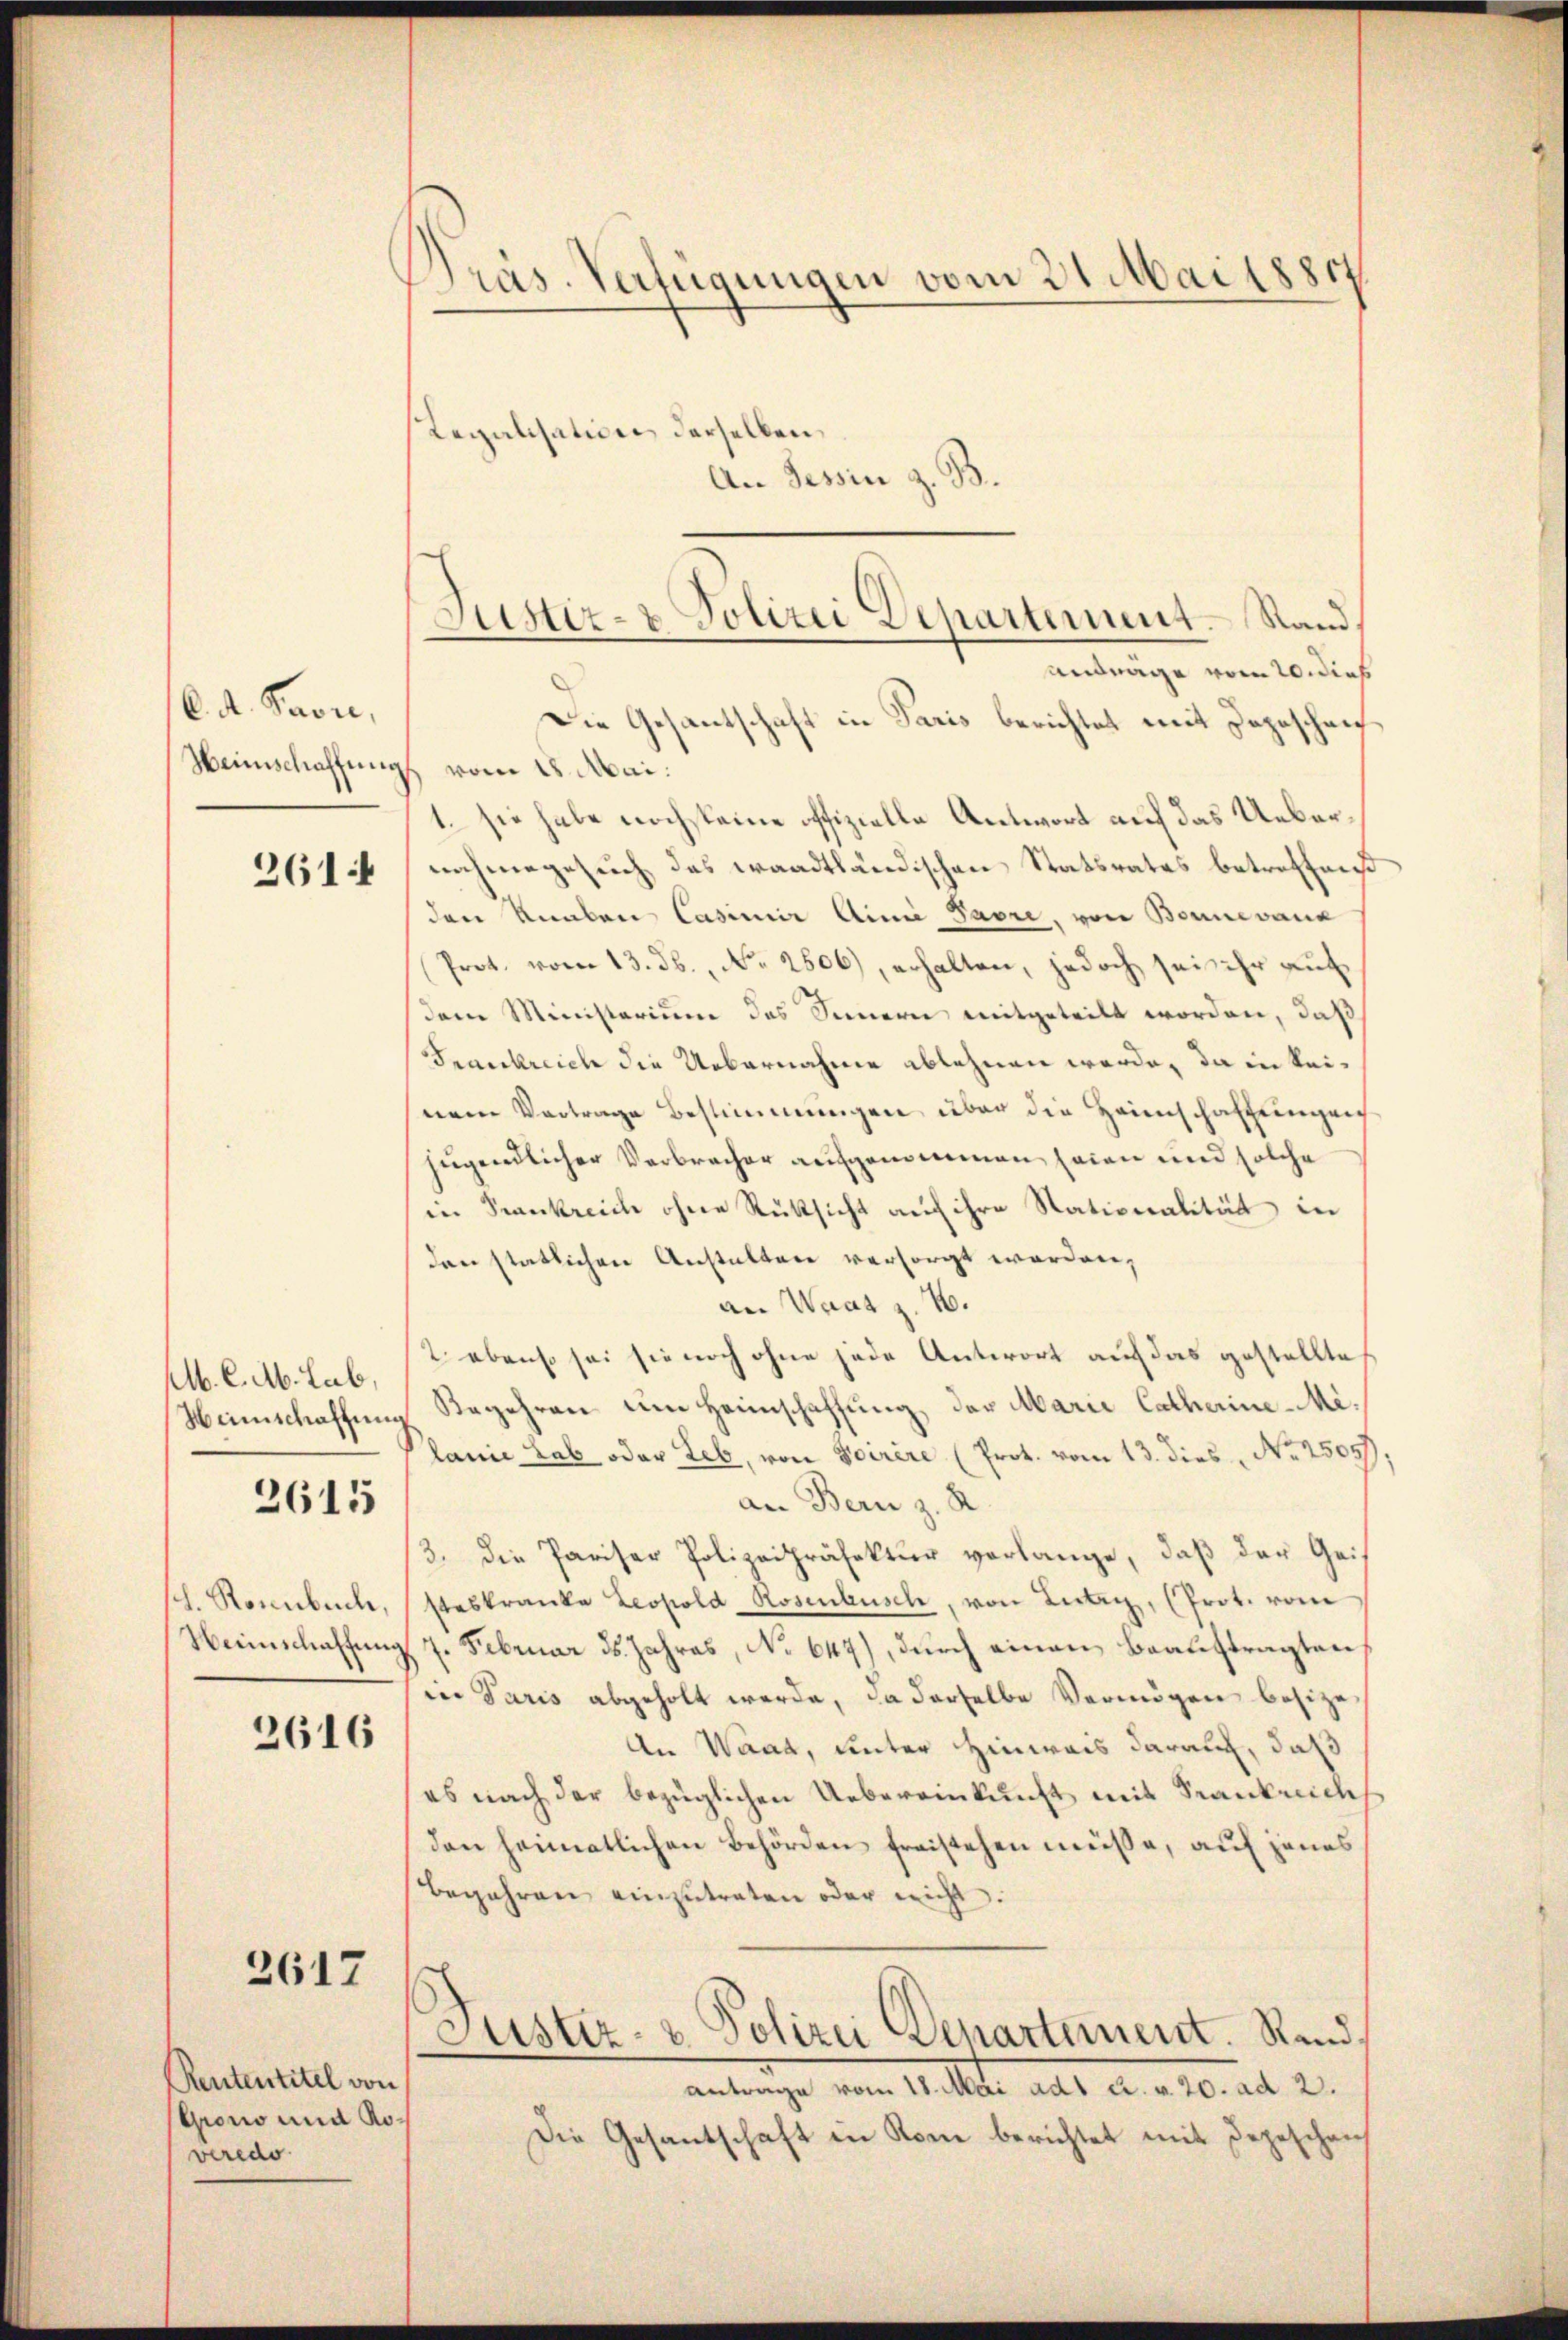
6. d. Prore,
Weinschaffung
2614

M. C. A. Lab,
Heimschaffung

2615

h. Ronnbuch,
Heimschaffung

2616

2617

Rententitel von
Groso und Roveredo

Präs. Verfügungen vom 31. Mai 18811

Regalisation derselben,
An Tessin z. B.
Justiz- & Polizei Departement. Sandanträge vom 20. dies

Die Gesantschaft in Paris berichtet mit Dageschrich
vom 18. Mai.
1. sie habe noch steine offizielle Antwort auf das Uebernahmegesuch das waadtländischen Statsrates betreffen
den Knaben Casimir Ainie Pavre, von Bonnevank
Prot. vom 13. ds., No. 2606), erhalten, jedoch sei ihr auf
dem Ministerium das Sinnern mitgeteilt worden, daß
Frankreich die Uebernahme ablehnen werde, da in keinem Vortrage Bestimmungen über die Heimschaffungen
jugendlicher Verbrecher aufgenommen seien und solche
in Krankreich ohne Rüksicht auf ihre Nationalität in
den statlichen Anstalten versorgt worden,
an Waat z. B.
2 ebenso sei sie noch ohne jede Antwort auf das gestellte
Begehren um Heimschaffung der Marie Catherine-Melanie Lab oder Leb, von Scirere (Prot. vom 13. dies Nr. 25057
an Bern z. R.
3. die Pariser Polizeipräfektur verlange, daß der Geis
steskranke Leopold Rosenbusch, von Lutry, (Prot. vom
7. Februar ds. Jahres, No 647), durch einen Beauftragten
in Paris abgeholt werde, da derselbe Vermögen besize
An Waad, unter Hinweis darauf, daß
es nach der bezüglichen Uebereinkunft mit Krankreich
den heimatlichen Behörden freistehen müße, auf jenes
Begehren einzutreten oder nicht
Justiz- & Polizei Denartement. Rand.
antrage vom 18. Mai ad1 u. v. 20. ad 2.
Die Gesantschaft in Rom berichtet mit Depeschen